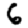
Digit: 6